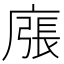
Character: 𢊜